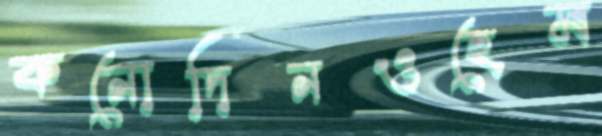
কনোদিনওহেম